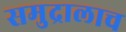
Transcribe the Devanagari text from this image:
समुद्रालाच